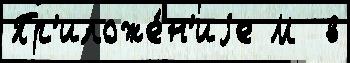
Пр'иложе́н'иjе М  в